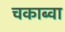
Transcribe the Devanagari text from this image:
चकाब्वा